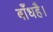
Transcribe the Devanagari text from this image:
बाँधहै।